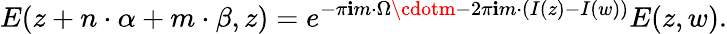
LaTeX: E(z+{n}\cdot{\alpha}+{m}\cdot{\beta},z)=e^{-\pi\mathbf{i}m\cdot\Omega\cdotm-2\pi\mathbf{i}m\cdot\left(I(z)-I(w)\right)}E(z,w).